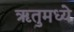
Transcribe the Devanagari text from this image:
ॠतुमध्ये